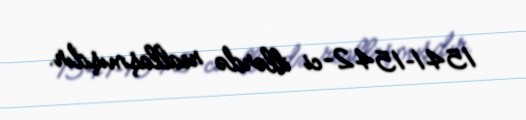
1541–1542-ci illərdə reallaşmışdır.